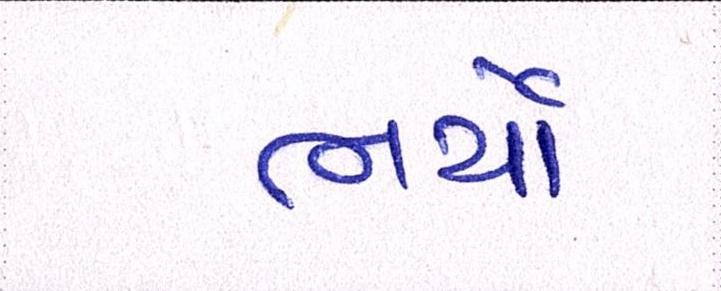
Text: ભર્યો